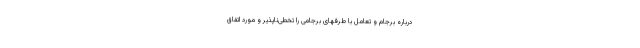
درباره برجام و تعامل با طرفهای برجامی را تخطی‌ناپذیر و مورد اتفاق